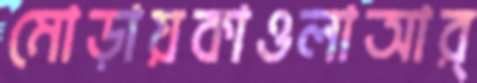
মোড়ায়কাওলাআর্